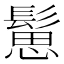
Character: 䰄